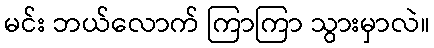
မင်း ဘယ်လောက် ကြာကြာ သွားမှာလဲ။